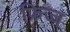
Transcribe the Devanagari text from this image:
फ्रिज्ज